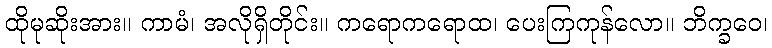
ထိုမုဆိုးအား။ ကာမံ၊ အလိုရှိတိုင်း။ ကရောကရောထ၊ ပေးကြကုန်လော။ ဘိက္ခဝေ၊